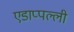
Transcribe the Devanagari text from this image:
एडाप्पल्ली